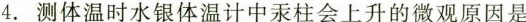
4.测体温时水银体温计中汞柱会上升的微观原因是